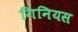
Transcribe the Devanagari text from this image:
गिनियस